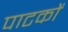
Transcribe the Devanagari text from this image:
पाटकों